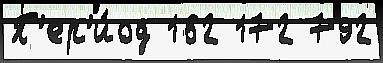
П'ер'и́од 162 172 792